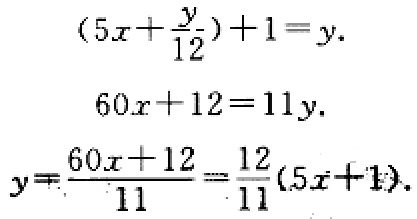
\((5x+\frac{y}{12})+1 = y.\)
\(60x + 12 = 11y.\)
\(y=\frac{60x + 12}{11}=\frac{12}{11}(5x + 1).\)